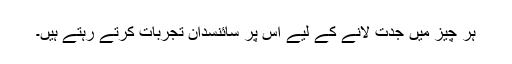
ہر چیز میں جدت لانے کے لیے اس پر سائنسدان تجربات کرتے رہتے ہیں۔